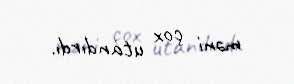
məni çox utandırdı.